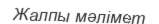
Жалпы мәлімет